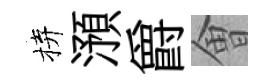
拚澦爵㑹